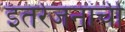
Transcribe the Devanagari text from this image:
इतरेजनांची